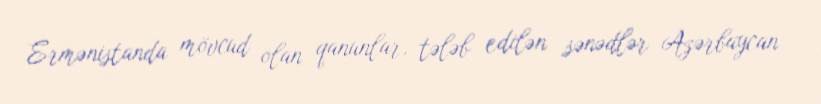
Ermənistanda mövcud olan qanunlar, tələb edilən sənədlər Azərbaycan